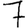
Digit: 7